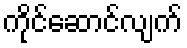
ကိုင်ဆောင်လျက်